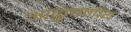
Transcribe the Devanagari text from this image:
आकुंचनीय